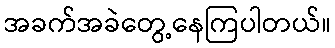
အခက်အခဲတွေ့နေကြပါတယ်။